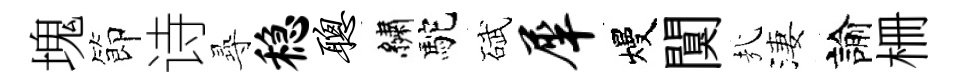
塊節诗𡬶稳聪繡駝碔犀熳闃㢤淒諭栅